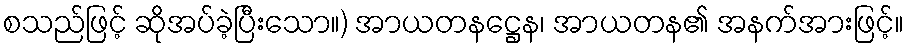
စသည်ဖြင့် ဆိုအပ်ခဲ့ပြီးသော။) အာယတနဋ္ဌေန၊ အာယတန၏ အနက်အားဖြင့်။